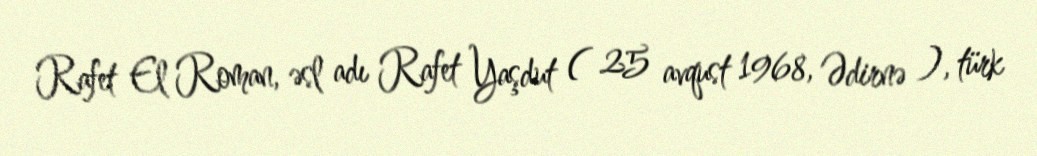
Rafet El Roman, əsl adı Rafet Yaşdut ( 25 avqust 1968, Ədirnə ), türk